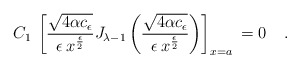
\begin{align*}C_1 \> \left[\frac{\sqrt{4\alpha c_{\epsilon}}}{\epsilon \> x^{\epsilon \over 2}}J_{{\lambda}-1}\left(\frac{\sqrt{4\alpha c_{\epsilon}}}{\epsilon \> x^{\epsilon \over 2}}\right)\right]_{x=a}\> =0\> \;\;\;.\end{align*}